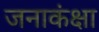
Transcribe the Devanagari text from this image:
जनाकंक्षा